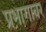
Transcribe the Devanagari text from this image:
प्रभागावर